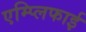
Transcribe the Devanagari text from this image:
एम्प्लिफाई